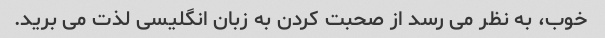
خوب، به نظر می رسد از صحبت کردن به زبان انگلیسی لذت می برید.